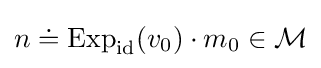
n\doteq \operatorname {Exp} _{\rm {id}}(v_{0})\cdot m_{0}\in {\mathcal {M}}